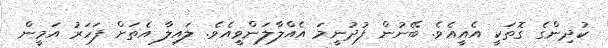
ކުދިންގެ ގޮތަކީ އެއީއެވެ. ބޭނުން ފުދުނީމަ އެއްލާލަންވީއެވެ. ލައިލާ އެތަށް ފަހަރު އަމީން